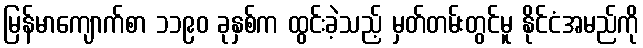
မြန်မာကျောက်စာ ၁၁၉၀ ခုနှစ်က ထွင်းခဲ့သည့် မှတ်တမ်းတွင်မူ နိုင်ငံအမည်ကို